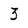
Character: 3